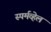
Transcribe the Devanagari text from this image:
स्पर्मव्हेल